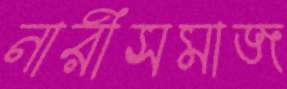
নারীসমাজ